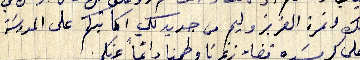
نمرتك ونمرة العزيز وليم من جديد لكي اكاتبكم على المدرسَة